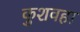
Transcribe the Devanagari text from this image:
कुशवहा